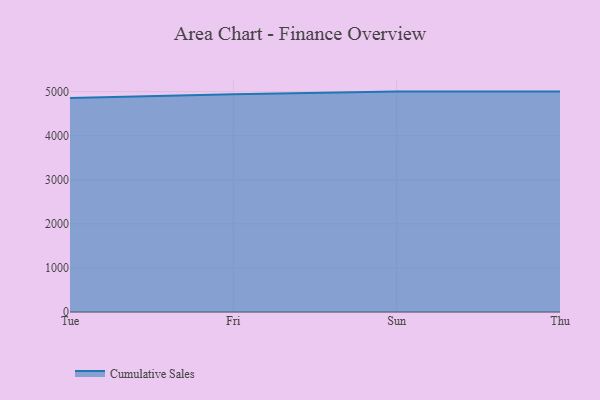
{"axis": {"x": "Day", "y": "Temperature (°C)"}, "legend": ["Cumulative Sales"], "data": [{"x": "Tue", "y": 4853.2, "type": "Cumulative Sales"}, {"x": "Fri", "y": 4941.5, "type": "Cumulative Sales"}, {"x": "Sun", "y": 5000, "type": "Cumulative Sales"}, {"x": "Thu", "y": 5000, "type": "Cumulative Sales"}]}